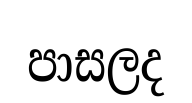
පාසලද